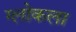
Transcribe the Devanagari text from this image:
ग्लोकला